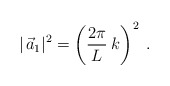
\begin{align*}|\,\vec a_1|^2 = \left(\frac{2\pi}{L}\:k\right)^2 \; . \end{align*}